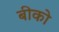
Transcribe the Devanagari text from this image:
बीको